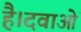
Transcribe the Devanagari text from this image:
है।दवाओं